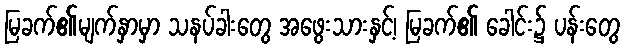
မြခက်၏မျက်နှာမှာ သနပ်ခါးတွေ အဖွေးသားနှင့်၊ မြခက်၏ ခေါင်း၌ ပန်းတွေ